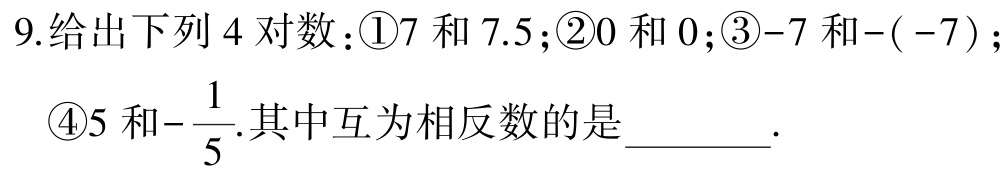
9.给出下列4对数：\textcircled{1}7和7.5；\textcircled{2}0和0；\textcircled{3}-7和-(-7)；
\textcircled{4}5和$-\frac{1}{5}$.其中互为相反数的是________.